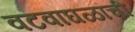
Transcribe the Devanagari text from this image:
वटवाघळांची